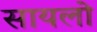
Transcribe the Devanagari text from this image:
सायलो